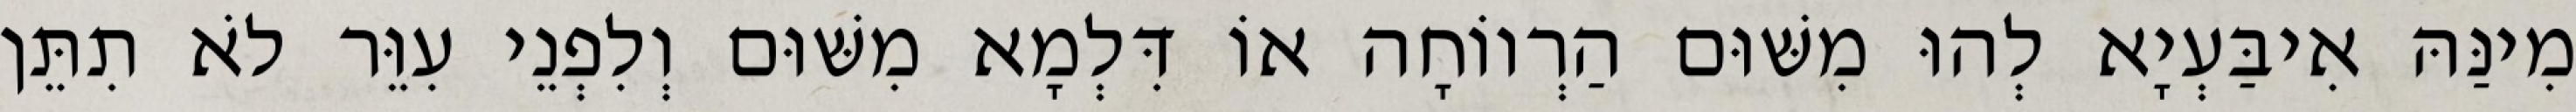
מִינַּהּ אִיבַּעְיָא לְהוּ מִשּׁוּם הַרְווֹחָה אוֹ דִּלְמָא מִשּׁוּם וְלִפְנֵי עִוֵּר לֹא תִתֵּן